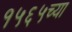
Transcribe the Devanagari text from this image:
१५६५च्या